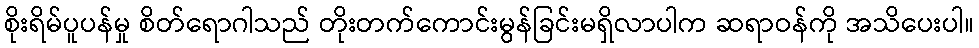
စိုးရိမ်ပူပန်မှု စိတ်ရောဂါသည် တိုးတက်ကောင်းမွန်ခြင်းမရှိလာပါက ဆရာဝန်ကို အသိပေးပါ။